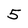
Character: 5